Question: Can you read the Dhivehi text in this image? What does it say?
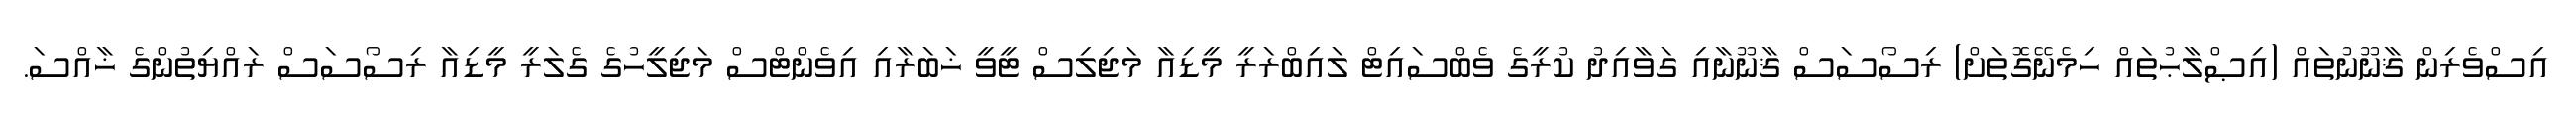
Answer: އިސްވެރިން ޤާނޫނުތައް (އިޞްލާޙުތައް ހިމެނޭގޮތަށް) ރިސޯސަސް ޤާނޫނާއި ގަވާއިދު ކުރީގެ ވެބްސައިޓް ލައިބްރަރީ މީޑިއާ މަޖިލިސް ޓީވީ ޚަބަރާއި އިވެންޓްސް މަޖިލީހުގެ ގެލަރީ މީޑިއާ ރިސޯސަސް ރައްޔިތުންގެ ޚާއްސަ.